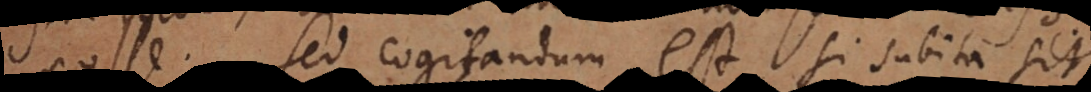
posse. Sed cogitandum est si subita sit